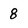
Character: 8